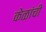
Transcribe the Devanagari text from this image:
केळांची